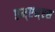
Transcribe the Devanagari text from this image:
एम्एम्एस